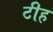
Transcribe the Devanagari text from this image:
टीह